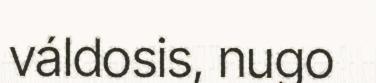
váldosis, nugo